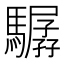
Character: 驏